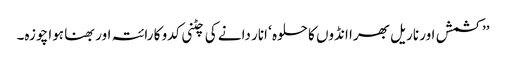
’’کشمش اور ناریل بھرا انڈوں کا حلوہ ‘ انار دانے کی چٹنی کدو کا رائتہ اور بھنا ہوا چوزہ۔